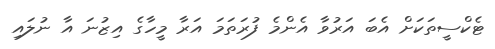
ޓެކްސީތަކަށް އެބަ އަރުވާ އެންމެ ފުރަތަމަ އަރާ މީހާގެ އިޒުނަ އާ ނުލައި